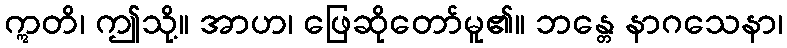
ဣတိ၊ ဤသို့။ အာဟ၊ ဖြေဆိုတော်မူ၏။ ဘန္တေ နာဂသေနာ၊